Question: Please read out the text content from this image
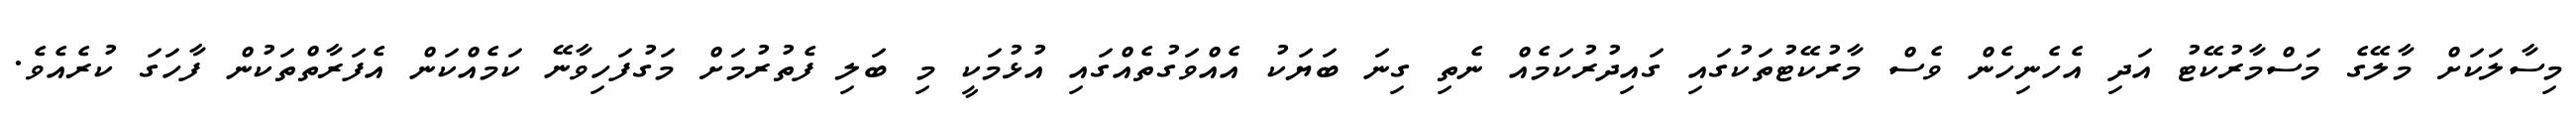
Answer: މިސާލަކަށް މާލޭގެ މަސްމާރުކޭޓު އަދި އެހެނިހެން ވެސް މާރުކޭޓުތަކުގައި ގައިދުރުކަމެއް ނެތި ގިނަ ބަޔަކު އެއްވަގުތެއްގައި އުޅުމަކީ މި ބަލި ފެތުރުމަށް މަގުފަހިވާނޭ ކަމެއްކަން އެފަރާތްތަކުން ފާހަގަ ކުރެއެވެ.